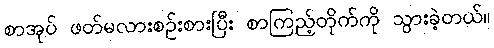
စာအုပ် ဖတ်မလားစဉ်းစားပြီး စာကြည့်တိုက်ကို သွားခဲ့တယ်။